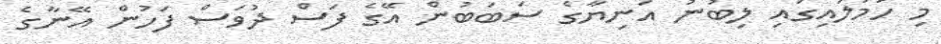
މި ހަމަލައިގައި ލިބުނު އަނިޔާގެ ސަބަބުން އޭގެ ފަސް ދުވަސް ފަހުން އޭނާގެ